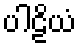
ပါဠိယံ